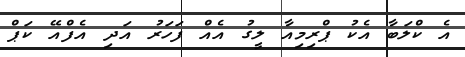
އެ ކްލަބާ އެކު ޕްރިމިއާ ލީގު އެއް ފަހަރު އަދި އެފްއޭ ކަޕް